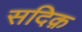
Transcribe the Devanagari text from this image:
सदिक़